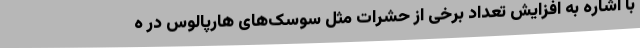
با اشاره به افزایش تعداد برخی از حشرات مثل سوسک‌های هارپالوس در ه